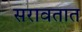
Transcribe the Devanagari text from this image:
सरावतात